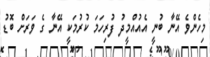
މިހެންވެ އޭނާ ބުނީ އެއުއްމީދު ފުރިހަމަ ކުރުމަކީ އޭނާ ގެ ވަރަށް ބޮޑު